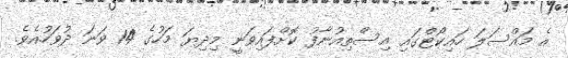
އެ މައްސަލަ ހައިކޯޓްގައި އިސްތިއުނާފު ކޮށްފައިވަނީ މިދިޔަ މަހުގެ 14 ވަނަ ދުވަހުއެވެ.